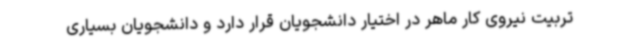
تربیت نیروی کار ماهر در اختیار دانشجویان قرار دارد و دانشجویان بسیاری